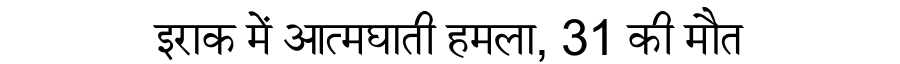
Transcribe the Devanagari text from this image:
इराक में आत्मघाती हमला, 31 की मौत